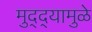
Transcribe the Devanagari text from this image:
मुद्‌द्‌यामुळे